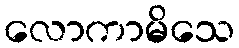
လောကာမိသေ